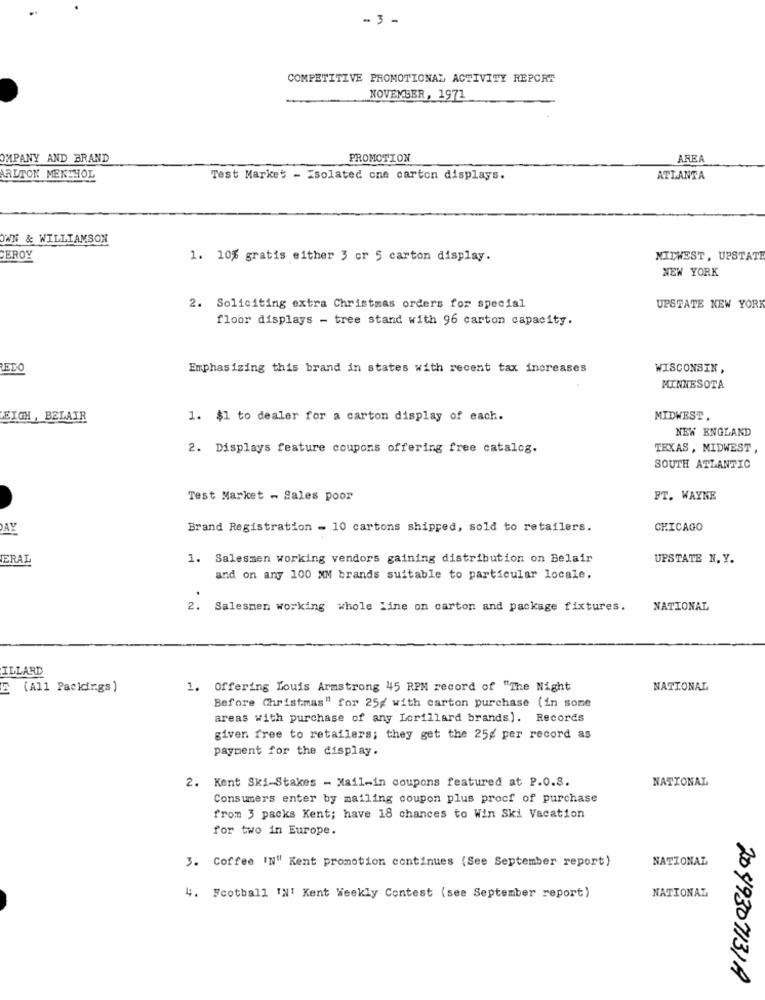
- 3 -
COMPETITIVE PROMOTIONAL ACTIVITY REPORT
NOVEMBER, 1971
OMPANY AND BRAND
PROMOTION
AREA
ARLTON MENTHOL
Test Market - Isolated cne carton displays.
ATLANTA
OWN & WILLIAMSON
CEROY
1. 10% gratis either 3 or 5 carton display.
MIDWEST , UPSTATE
NEW YORK
2. Soliciting extra Christmas orders for special
UPSTATE NEW YOR
floor displays - tree stand with 96 carton capacity.
EDO
Emphasizing this brand in states with recent tax increases
WISCONSIN ,
MINNESOTA
EIGH , BELAIR
1. $1 to dealer for a carton display of each.
MIDWEST
NEW ENGLAND
2. Displays feature coupons offering free catalog.
TEXAS , MIDWEST
SOUTH ATLANTIC
Test Market - Sales poor
FT. WAYNE
DAY
Brand Registration - 10 cartons shipped, sold to retailers.
CHICAGO
ERAL
1. Salesmen working vendors gaining distribution on Belair
UPSTATE N. Y.
and on any 100 MM brands suitable to particular locale.
2.
Salesmen working whole line on carton and package fixtures.
NATIONAL
ILLARD
E (All Packings)
1. Offering Louis Armstrong 45 RPM record of "The Night
NATIONAL
Before Christmas" for 25g with carton purchase (in some
areas with purchase of any Lorillard brands). Records
given free to retailers; they get the 25g per record as
payment for the display.
2. Kent Ski-Stakes - Mail-in coupons featured at P.O.S.
NATIONAL
Consumers enter by mailing coupon plus procf of purchase
from 3 packs Kent; have 18 chances to Win Ski Vacation
for two in Europe.
3. Coffee IN" Kent promotion continues (See September report)
NATIONAL
4. Football IN' Kent Weekly Contest (see September report)
NATIONAL
2049307131A